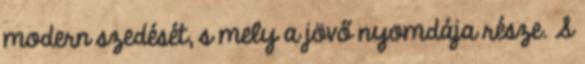
modern szedését, s mely a jövő nyomdája része. S